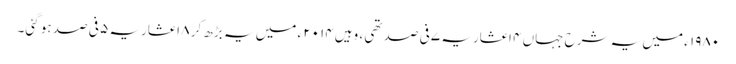
۱۹۸۰ ء میں یہ شرح جہاں ۴ اعشاریہ ۷ فی صد تھی ، وہیں ۲۰۱۴ ء میں یہ بڑھ کر ۸ اعشاریہ ۵ فی صد ہو گئی۔